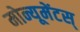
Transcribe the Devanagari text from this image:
मोन्यूमेंटस्